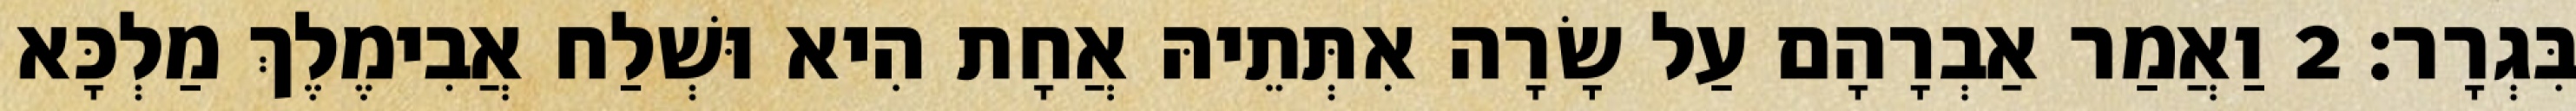
בִּגְרָר׃ 2 וַאֲמַר אַבְרָהָם עַל שָׂרָה אִתְּתֵיהּ אֲחָת הִיא וּשְׁלַח אֲבִימֶלֶךְ מַלְכָּא